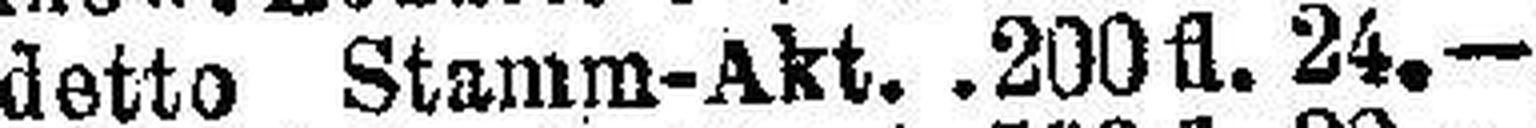
detto Stamm-Akt. .200 fl. 24.—